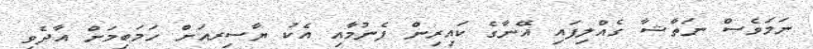
ނަމަވެސް ނަތާޝާ ގެއްލިފައި އޭނާގެ ކައިރިން ފެނުމާއި އެކު ޔާސިރއަށް ހަމަބިމަށް އާދެވި